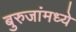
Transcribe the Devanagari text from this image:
बुरुजांमध्ये